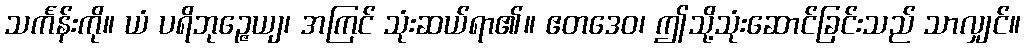
သင်္ကန်းကို။ ယံ ပရိဘုဉ္ဇေယျ၊ အကြင် သုံးဆယ်ရာ၏။ ဧတဒေဝ၊ ဤသို့သုံးဆောင်ခြင်းသည် သာလျှင်။